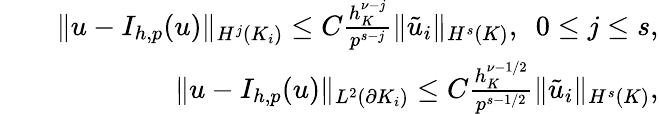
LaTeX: \begin{array}{rlr}&{}&{\| u-I_{h,p}(u)\| _{H^{j}(K_{i})}\le C\frac{h_{K}^{\nu-j}}{p^{s-j}}\| \tilde{u}_{i}\| _{H^{s}(K)},\ \ 0\le j\le s,}\\ &{}&{\| u-I_{h,p}(u)\| _{L^{2}(\partial K_{i})}\le C\frac{h_{K}^{\nu-1/2}}{p^{s-1/2}}\| \tilde{u}_{i}\| _{H^{s}(K)},}\end{array}